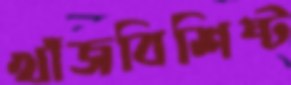
খাঁজবিশিষ্ট